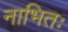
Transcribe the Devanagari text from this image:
नाभितः